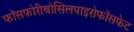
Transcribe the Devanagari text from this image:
फॉसफोरीबोसिलपाइरोफॉसफेट